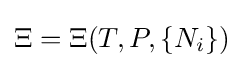
\Xi =\Xi (T,P,\{N_{i}\})